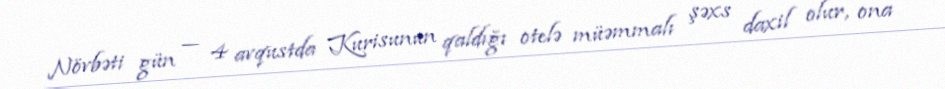
Növbəti gün — 4 avqustda Kurisunun qaldığı otelə müəmmalı şəxs daxil olur, ona